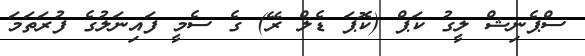
ސްޕެނިޝް ލީގު ކަޕް (ކޮޕަ ޑެލް ރޭ) ގެ ސެމީ ފައިނަލުގެ ފުރަތަމަ